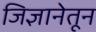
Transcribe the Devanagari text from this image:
जिज्ञानेतून